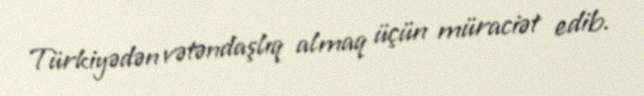
Türkiyədən vətəndaşlıq almaq üçün müraciət edib.